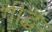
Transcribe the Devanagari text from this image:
गीद्ध